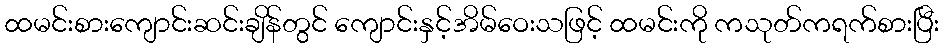
ထမင်းစားကျောင်းဆင်းချိန်တွင် ကျောင်းနှင့်အိမ်ဝေးသဖြင့် ထမင်းကို ကသုတ်ကရက်စားပြီး